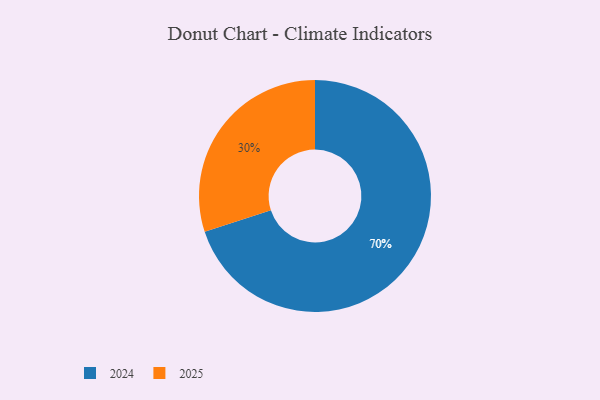
{"axis": {"x": "Category", "y": "Percentage"}, "legend": ["2024", "2025"], "data": [{"x": "2025", "y": 30, "type": "2025"}, {"x": "2024", "y": 70, "type": "2024"}]}